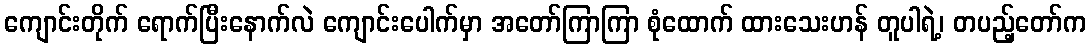
ကျောင်းတိုက် ရောက်ပြီးနောက်လဲ ကျောင်းပေါက်မှာ အတော်ကြာကြာ စုံထောက် ထားသေးဟန် တူပါရဲ့၊ တပည့်တော်က